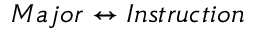
M a j o r \leftrightarrow I n s t r u c t i o n